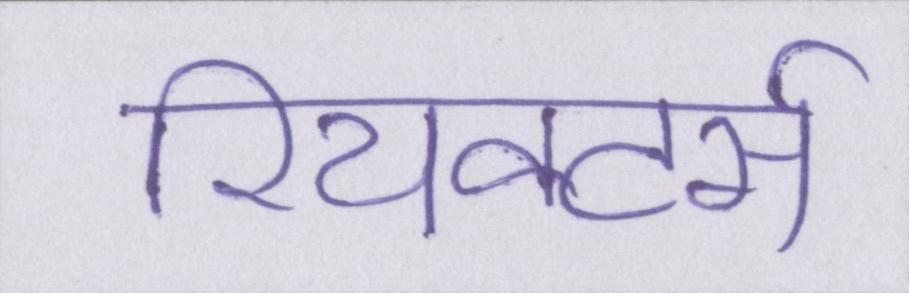
रियक्टर्स